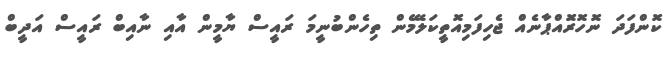
ކޮންފަދަ ނޮހޮރޮައްޕާނެއް ޖެހިފަމިއޮތީކަލޭމެން ތިހެންބުނީމަ ރައީސް ޔާމީން އާއި ނާއިބް ރައީސް އަދީބް